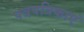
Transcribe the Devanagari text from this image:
पत्रपत्रिकाएं